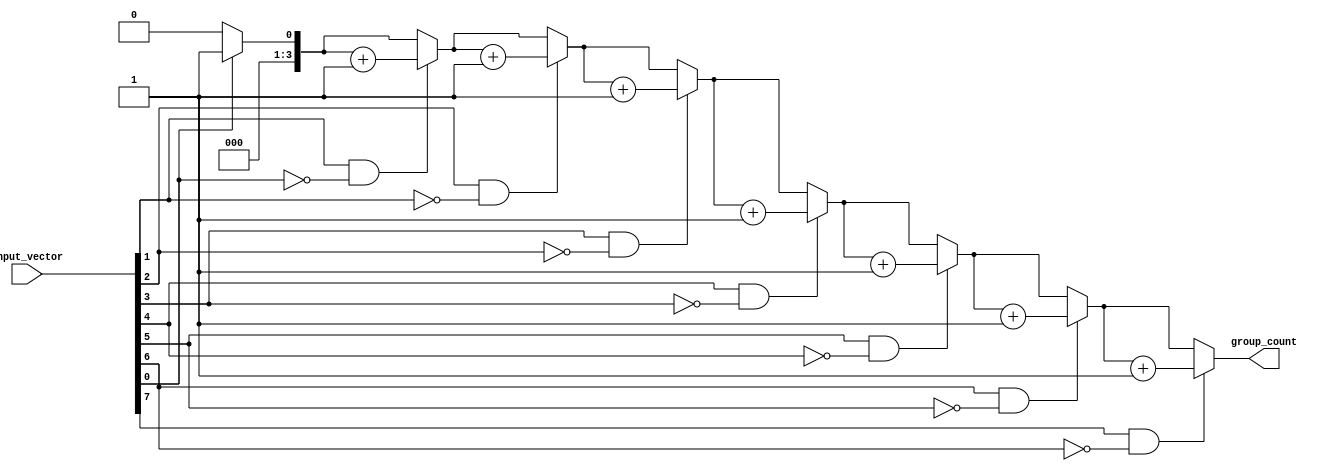
module GroupingOfOnes #(
    parameter n = 8 // Parameter for input vector size
)(
    input  wire [n-1:0] input_vector, // n-bit binary input vector
    output reg  [3:0] group_count       // 4-bit output for group count (max 15 groups)
);

    integer i;
    reg [n-1:0] prev_vector; // To hold the previous state of the input vector

    always @(*) begin
        group_count = 0; // Initialize group count
        prev_vector = 0; // Initialize previous vector

        // Loop through the input vector to count groups of 1s
        for (i = 0; i < n; i = i + 1) begin
            // Check for transition from 0 to 1
            if (input_vector[i] == 1 && (i == 0 || input_vector[i-1] == 0)) begin
                group_count = group_count + 1; // Increment group count
            end
        end
    end

endmodule